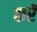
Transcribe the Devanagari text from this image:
करॅ